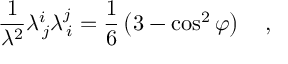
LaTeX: \frac { 1 } { \lambda ^ { 2 } } \lambda _ { \, j } ^ { i } \lambda _ { \, i } ^ { j } = \frac { 1 } { 6 } \left( 3 - \cos ^ { 2 } { \varphi } \right) ~ ~ ~ ,